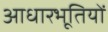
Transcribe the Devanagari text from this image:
आधारभूतियों